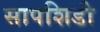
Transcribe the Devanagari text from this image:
सापशिडी